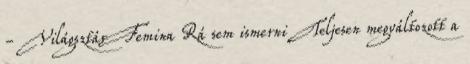
- Világsztár Femina Rá sem ismerni Teljesen megváltozott a